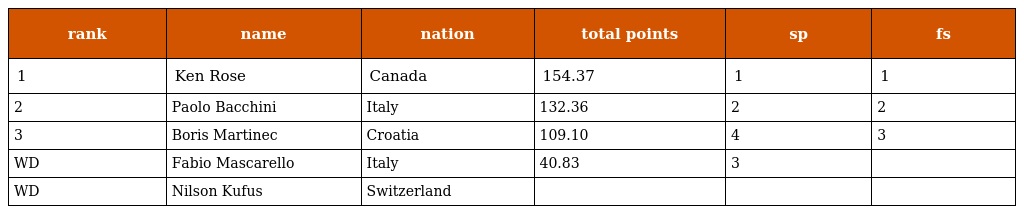
| rank | name | nation | total points | sp | fs |
 | --- | --- | --- | --- | --- | --- |
 | 1 | Ken Rose | Canada | 154.37 | 1 | 1 |
 | 2 | Paolo Bacchini | Italy | 132.36 | 2 | 2 |
 | 3 | Boris Martinec | Croatia | 109.10 | 4 | 3 |
 | WD | Fabio Mascarello | Italy | 40.83 | 3 |  |
 | WD | Nilson Kufus | Switzerland |  |  |  |